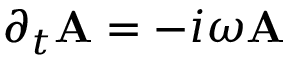
\partial _ { t } { \bf A } = - i \omega { \bf A }